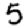
Digit: 5